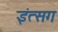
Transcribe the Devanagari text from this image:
इंत्सग